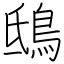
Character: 鴟